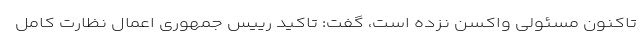
تاکنون مسئولی واکسن نزده است، گفت: تاکید رییس جمهوری اعمال نظارت کامل